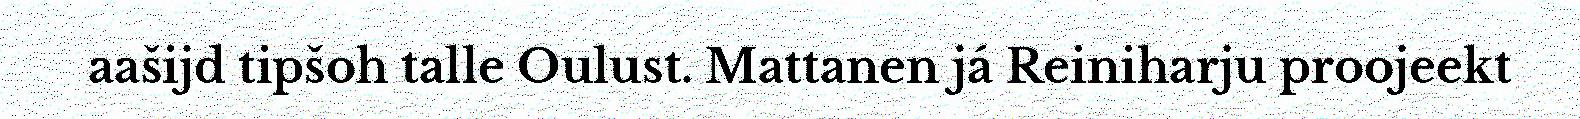
aašijd tipšoh talle Oulust. Mattanen já Reiniharju proojeekt